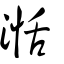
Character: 湉